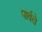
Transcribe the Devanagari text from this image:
पार्वते